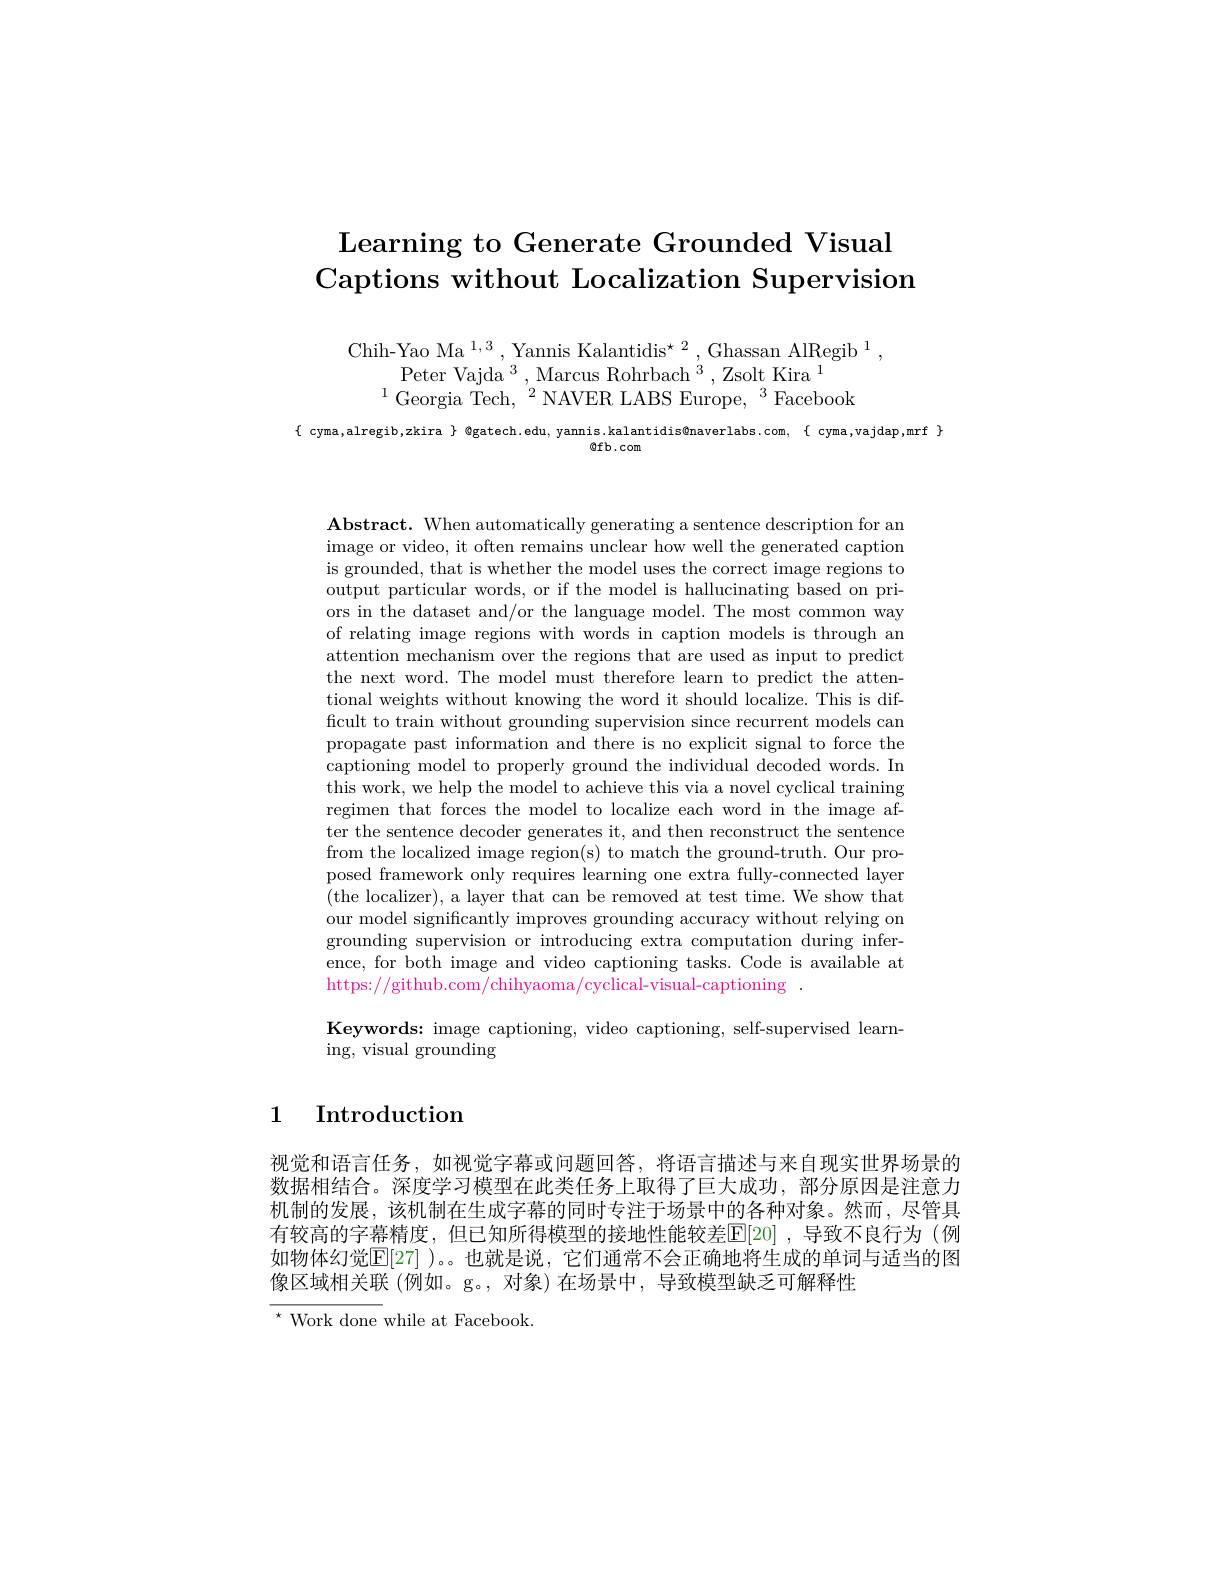
# Learning to Generate Grounded Visual Captions without Localization Supervision

$\begin{array}{c}{\mathrm{Chih-Yao~Ma~}^{1,3},\mathrm{Yannis~Kalantidis}^{\star}2},\mathrm{Ghassan~AlRegib~}^{1},\\{\mathrm{Peter~Vajda~}^{3},\mathrm{Marcus~Rohrbach~}^{3},\mathrm{Zsolt~Kira~}^{1}}\\{^{1}\mathrm{Georgia~Tech,~}^{2}\mathrm{NAVER~LABS~Europe,~}^{3}\mathrm{Facebook}}\end{array}$

$\{$ cyma,alregib,zkira $\}$ @gatech.edu, yannis.kalantidis@naverlabs.com, $\{$ cyma,vajdap,mrf $\}$

$@$fb.com

$\mathbf{Abstract.~When~automatically~generating~a~sentence~description~for~an}$ image or video, it often remains unclear how well the generated caption is grounded, that is whether the model uses the correct image regions to output particular words, or if the model is hallucinating based on priors in the dataset and/or the language model. The most common way of relating image regions with words in caption models is through an attention mechanism over the regions that are used as input to predict the next word. The model must therefore learn to predict the attentional weights without knowing the word it should localize. This is difficult to train without grounding supervision since recurrent models can propagate past information and there is no explicit signal to force the captioning model to properly ground the individual decoded words. In this work, we help the model to achieve this via a novel cyclical training regimen that forces the model to localize each word in the image after the sentence decoder generates it, and then reconstruct the sentence from the localized image region(s) to match the ground-truth. Our proposed framework only requires learning one extra fully-connected layer (the localizer), a layer that can be removed at test time. We show that our model significantly improves grounding accuracy without relying on grounding supervision or introducing extra computation during inference, for both image and video captioning tasks. Code is available at https://github.com/chihyaoma/cyclical-visual-captioning~.

Keywords: image captioning, video captioning, self-supervised learn-
ing, visual grounding

1 Introduction

视觉和语言任务，如视觉字幕或问题回答，将语言描述与来自现实世界场景的数据相结合。深度学习模型在此类任务上取得了巨大成功，部分原因是注意力机制的发展，该机制在生成字幕的同时专注于场景中的各种对象。然而，尽管具有较高的字幕精度，但已知所得模型的接地性能较差[E][20],导致不良行为(例如物体幻觉$\mathbb{E}[27]$ )。也就是说，它们通常不会正确地将生成的单词与适当的图像区域相关联 (例如。g。,对象) 在场景中，导致模型缺乏可解释性
$^{\star}$Work done while at Facebook.